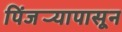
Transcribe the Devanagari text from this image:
पिंजर्‍यापासून